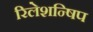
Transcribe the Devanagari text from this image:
रिलेशन्षिप